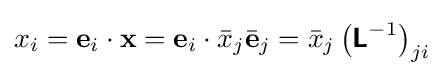
x_{i}=\mathbf {e} _{i}\cdot \mathbf {x} =\mathbf {e} _{i}\cdot {\bar {x}}_{j}{\bar {\mathbf {e} }}_{j}={\bar {x}}_{j}\left({\boldsymbol {\mathsf {L}}}^{-1}\right)_{ji}